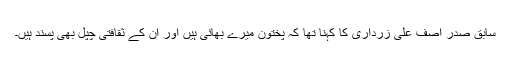
سابق صدر آصف علی زرداری کا کہنا تھا کہ پختون میرے بھائی ہیں اور ان کے ثقافتی چپل بھی پسند ہیں۔